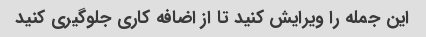
این جمله را ویرایش کنید تا از اضافه کاری جلوگیری کنید